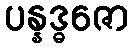
ပန္နဒ္ဓဇော